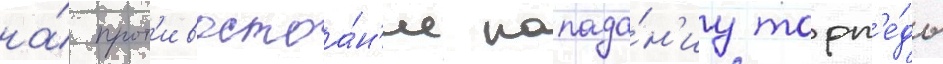
на́ прот'ивостоа́н'ие попада́н'иу торп'е́ды